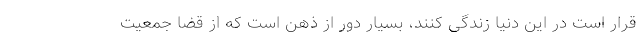
قرار است در این دنیا زندگی کنند، بسیار دور از ذهن است که از قضا جمعیت